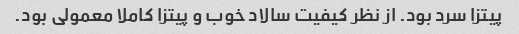
پیتزا سرد بود. از نظر کیفیت سالاد خوب و پیتزا کاملا معمولی بود.